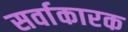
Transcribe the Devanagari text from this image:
सर्वाकारक